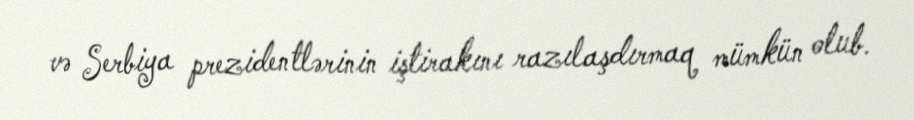
və Serbiya prezidentlərinin iştirakını razılaşdırmaq mümkün olub.